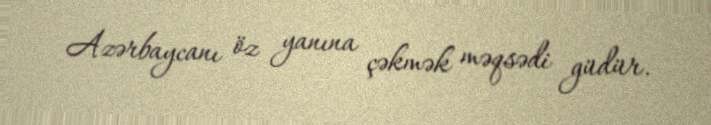
Azərbaycanı öz yanına çəkmək məqsədi güdür.